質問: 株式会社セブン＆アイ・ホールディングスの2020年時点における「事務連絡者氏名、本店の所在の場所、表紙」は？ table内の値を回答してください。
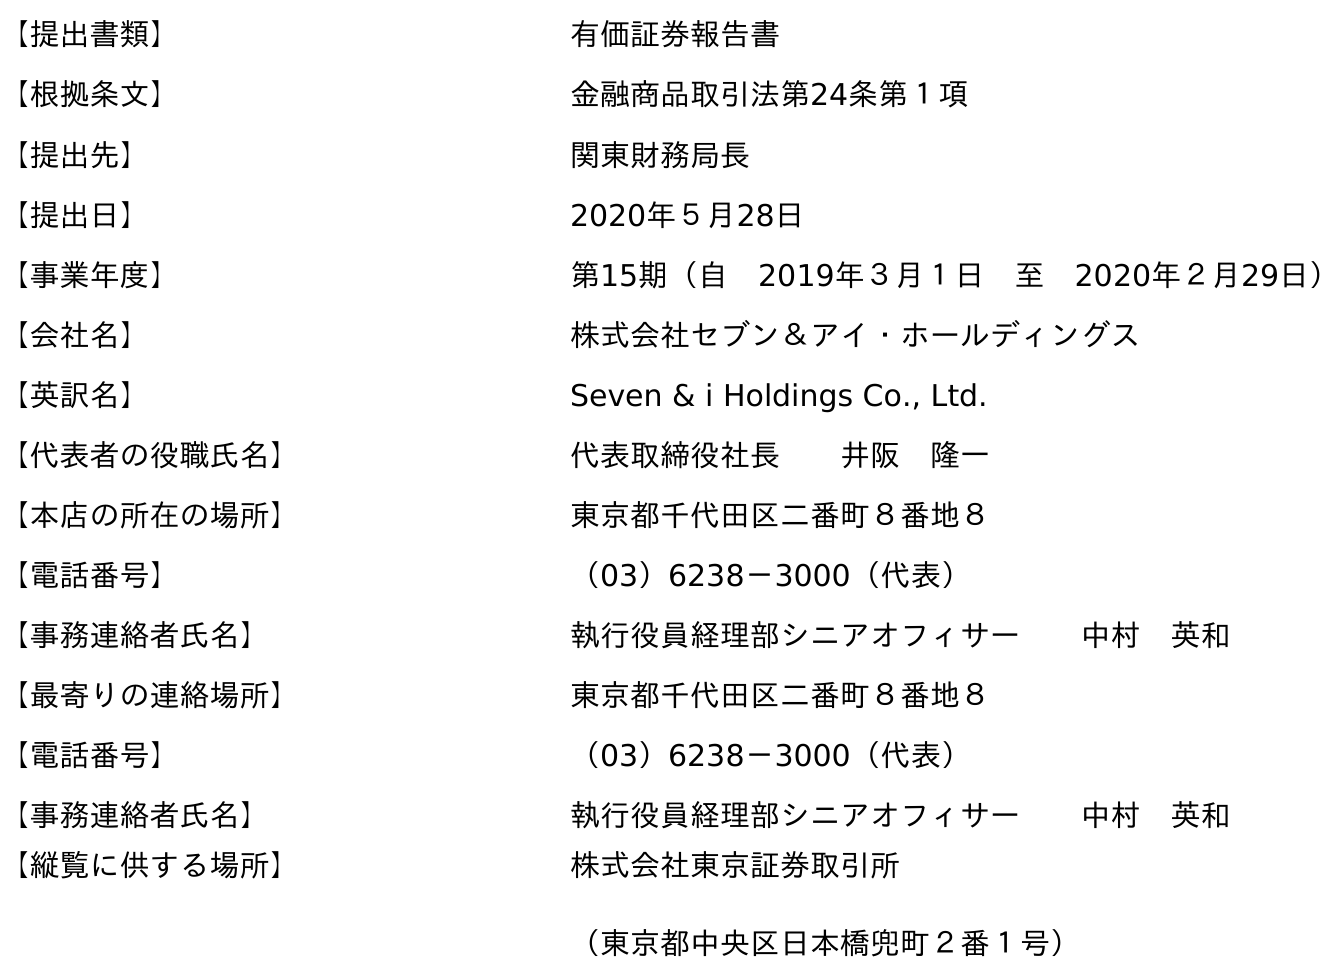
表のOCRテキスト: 【提出書類】 有価証券報告書 【根拠条文】 金融商品取引法第24条第１項 【提出先】 関東財務局長 【提出日】 2020年５月28日 【事業年度】 第15期（自 2019年３月１日 至 2020年２月29日） 【会社名】 株式会社セブン＆アイ・ホールディングス 【英訳名】 Seven & i Holdings Co., Ltd. 【代表者の役職氏名】 代表取締役社長  井阪 隆一 【本店の所在の場所】 東京都千代田区二番町８番地８ 【電話番号】 （03）6238－3000（代表） 【事務連絡者氏名】 執行役員経理部シニアオフィサー  中村 英和 【最寄りの連絡場所】 東京都千代田区二番町８番地８ 【電話番号】 （03）6238－3000（代表） 【事務連絡者氏名】 執行役員経理部シニアオフィサー  中村 英和 【縦覧に供する場所】 株式会社東京証券取引所 （東京都中央区日本橋兜町２番１号）
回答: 執行役員経理部シニアオフィサー中村　英和